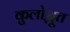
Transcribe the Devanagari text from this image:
कुलोद्भूत